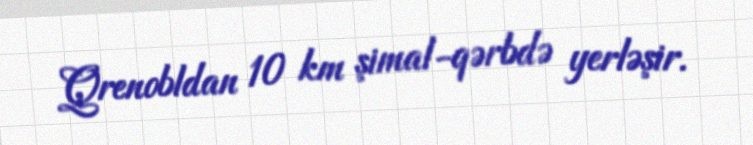
Qrenobldan 10 km şimal-qərbdə yerləşir.